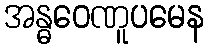
အန္ဓဝေဏူပမေန